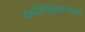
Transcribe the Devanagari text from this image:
व्यक्तीनिष्ठीकारणाची